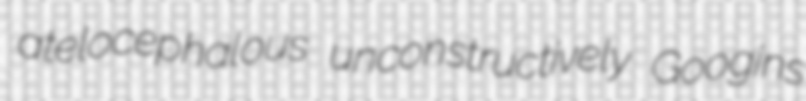
atelocephalous unconstructively Googins